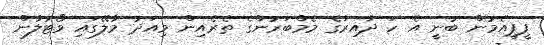
ޕީޕީއެމުން ބުނީ އެ ހަ ދާއިރާގެ މެމްބަރުންގެ ތެރެއިން މިއަދު މާލޭގައި ވޯޓުލާން